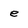
Character: e